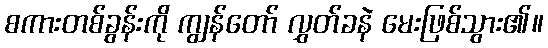
စကားတစ်ခွန်းကို ကျွန်တော် လွှတ်ခနဲ မေးဖြစ်သွား၏။